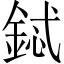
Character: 鋱